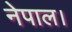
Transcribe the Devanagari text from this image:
नेपाल।